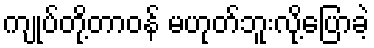
ကျုပ်တို့တာဝန် မဟုတ်ဘူးလို့ပြောခဲ့